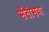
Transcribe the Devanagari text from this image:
सैंतीसवा